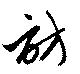
訪